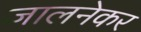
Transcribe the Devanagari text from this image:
जालनेकर